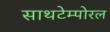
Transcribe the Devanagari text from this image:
साथटेम्पोरल